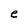
Character: e